Malarial fevers
Disease focus: Malaria
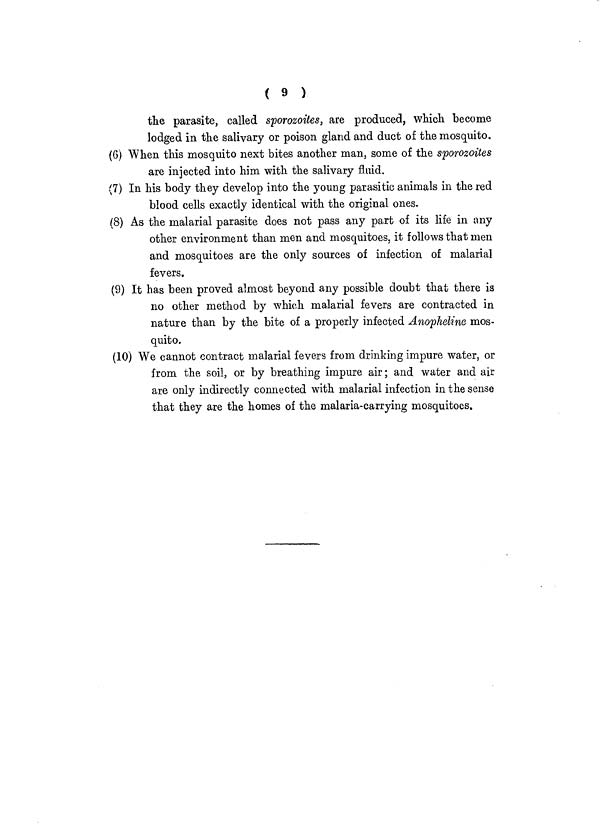
( 9 )
the parasite, called sporozoites, are produced, which, become
lodged in the salivary or poison gland and duct of the mosquito.
(6) When this mosquito next bites another man, some of the sporozoites
are injected into him with the salivary fluid.
(7) In his body they develop into the young parasitic animals in the red
blood cells exactly identical with the original ones.
(8) As the malarial parasite does not pass any part of its life in any
other environment than men and mosquitoes, it follows that men
and mosquitoes are the only sources of infection of malarial
fevers.
(9) It has been proved almost beyond any possible doubt that there is
no other method by which malarial fevers are contracted in
nature than by the bite of a properly infected Anopheline mos-
quito.
(10) We cannot contract malarial fevers from drinking impure water, or
from the soil, or by breathing impure air ; and water and air
are only indirectly connected with malarial infection in the sense
that they are the homes of the malaria-carrying mosquitoes.